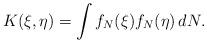
LaTeX: \begin{align*} K(\xi,\eta) = \int f_N(\xi) f_N(\eta) \, dN. \end{align*}